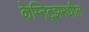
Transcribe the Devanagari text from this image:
केम्निट्झमधील